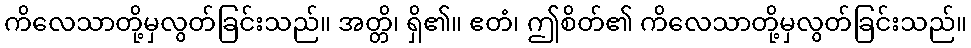
ကိလေသာတို့မှလွတ်ခြင်းသည်။ အတ္တိ၊ ရှိ၏။ ဧတံ၊ ဤစိတ်၏ ကိလေသာတို့မှလွတ်ခြင်းသည်။